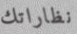
نظاراتك